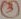
Text: 3